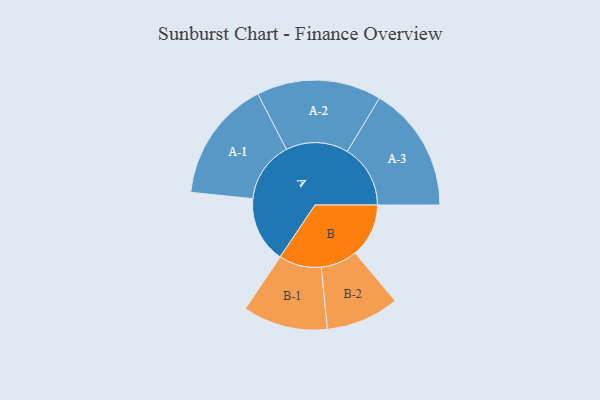
{"axis": {"x": "Segment", "y": "Value"}, "legend": ["", "A", "B"], "data": [{"x": "A", "y": 308, "type": ""}, {"x": "B", "y": 249, "type": ""}, {"x": "A-1", "y": 283, "type": "A"}, {"x": "A-2", "y": 290, "type": "A"}, {"x": "A-3", "y": 293, "type": "A"}, {"x": "B-1", "y": 197, "type": "B"}, {"x": "B-2", "y": 170, "type": "B"}]}